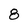
Character: 8